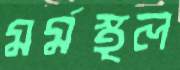
মর্মস্থল